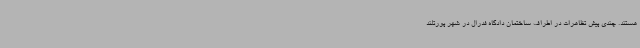
هستند. چندی پیش تظاهرات در اطراف ساختمان دادگاه فدرال در شهر پورتلند